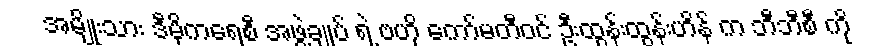
အမျိုးသား ဒီမိုကရေစီ အဖွဲ့ချုပ် ရဲ့ ဗဟို ကော်မတီဝင် ဦးထွန်းထွန်းဟိန် က ဘီဘီစီ ကို